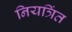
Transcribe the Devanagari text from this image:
नियत्रिंत